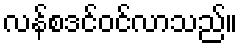
လန်စဒင်ဝင်လာသည်။